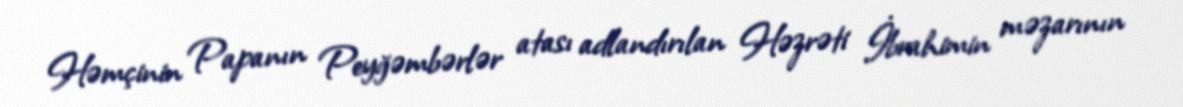
Həmçinin Papanın Peyğəmbərlər atası adlandırılan Həzrəti İbrahimin məzarının